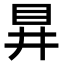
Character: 𭾞